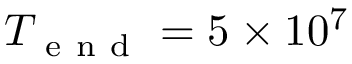
T _ { \mathrm { ~ e ~ n ~ d ~ } } = 5 \times 1 0 ^ { 7 }